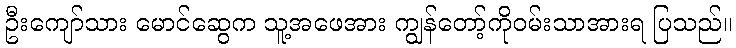
ဦးကျော်သား မောင်ဆွေက သူ့အဖေအား ကျွန်တော့်ကိုဝမ်းသာအားရ ပြသည်။